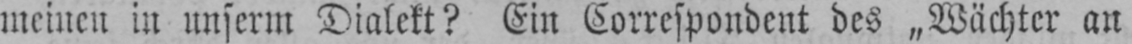
meinen in unserm Dialekt? Ein Correspondent des „Wächter an